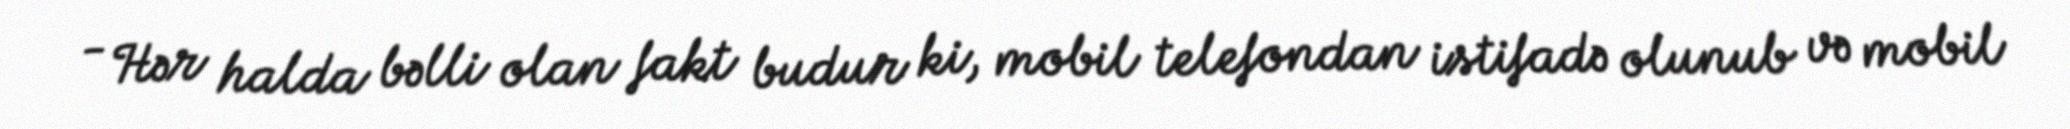
- Hər halda bəlli olan fakt budur ki, mobil telefondan istifadə olunub və mobil